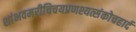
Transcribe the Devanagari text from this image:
शांभवमरीचिचयप्रणश्यत्संकोचहार्द